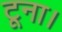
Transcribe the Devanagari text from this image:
टूना।